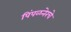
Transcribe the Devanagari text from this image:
पिंपळनेरचे